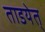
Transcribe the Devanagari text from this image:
ताडयेत्